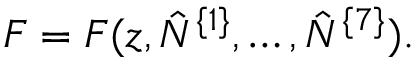
F = F ( z , \hat { N } ^ { \{ 1 \} } , \ldots , \hat { N } ^ { \{ 7 \} } ) .